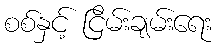
စစ်နှင့် ငြိမ်းချမ်းရေး